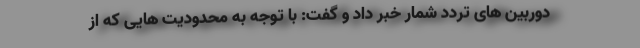
دوربین های تردد شمار خبر داد و گفت: با توجه به محدودیت هایی که از